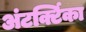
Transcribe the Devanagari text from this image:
अंटर्क्टिका